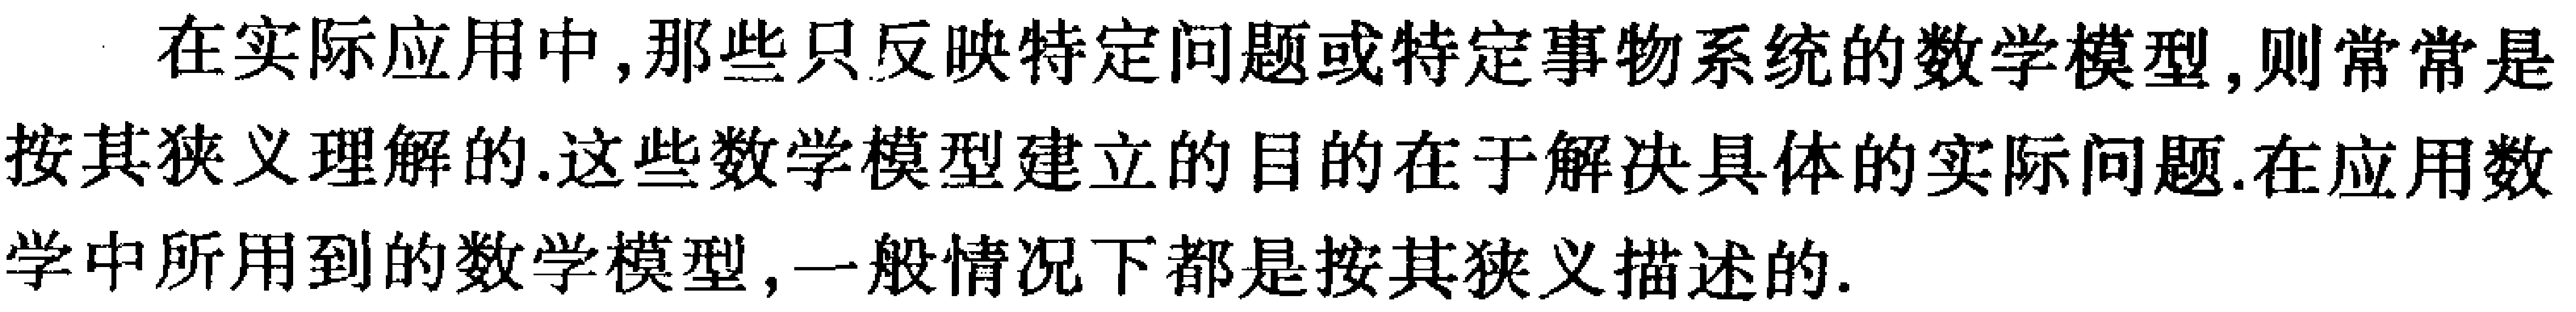
在实际应用中,那些只反映特定问题或特定事物系统的数学模型,则常常是按其狭义理解的.这些数学模型建立的目的在于解决具体的实际问题,在应用数学中所用到的数学模型,一般情况下都是按其狭义描述的.